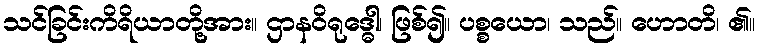
သင်ခြင်းကိရိယာတို့အား။ ဌာနဝိရုဒ္ဓေါ၊ ဖြစ်၍။ ပစ္စယော၊ သည်။ ဟောတိ၊ ၏။